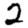
Digit: 2